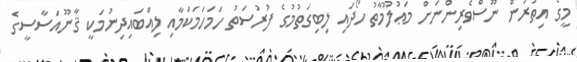
މީގެ އިތުރުން ނޫސްވެރިންނަށް މަޢުލޫމާތު ހޯދައި ލިބިގަތުމުގެ ފުރުސަތު ހަމަހަމަކަމާއި ލިއްބައިދިނުމަކީ ޤާނޫއަސާސީގެ